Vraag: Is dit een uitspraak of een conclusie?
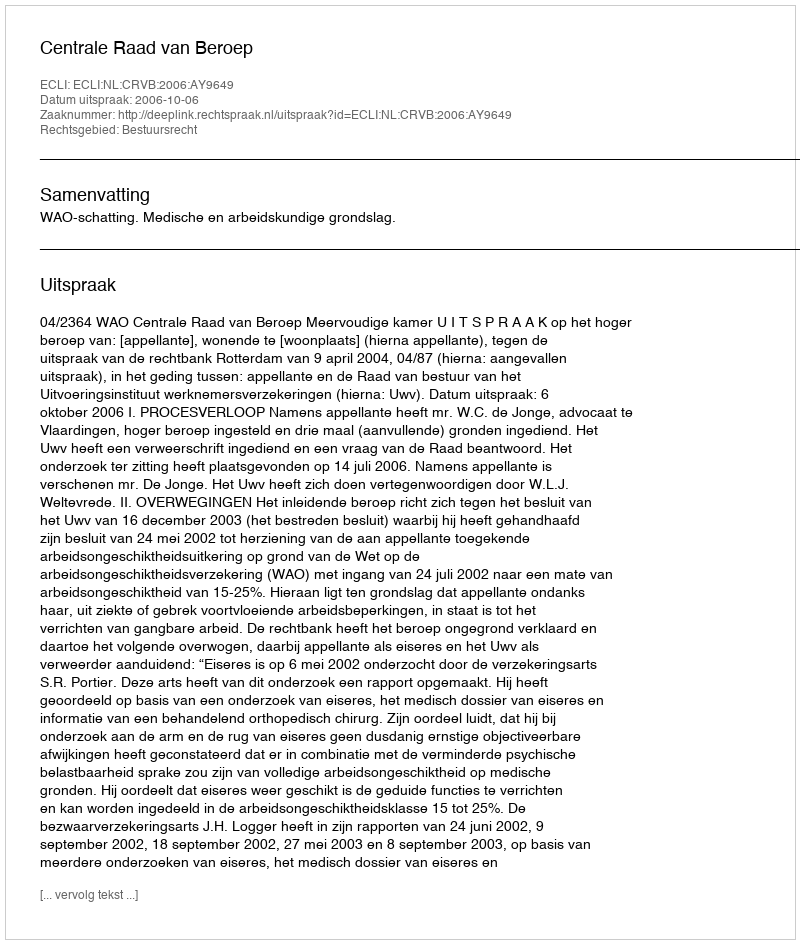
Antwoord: Uitspraak